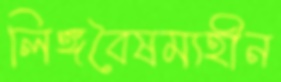
লিঙ্গবৈষম্যহীন